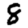
Digit: 8